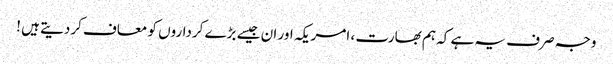
وجہ صرف یہ ہے کہ ہم بھارت ، امریکہ اور ان جیسے بڑے کرداروں کو معاف کردیتے ہیں !